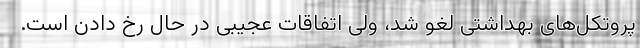
پروتکل‌های بهداشتی لغو شد، ولی اتفاقات عجیبی در حال رخ دادن است.